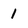
Character: 1